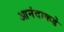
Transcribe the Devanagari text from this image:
आनंदाकडे